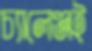
চ্যালেঞ্জই